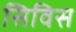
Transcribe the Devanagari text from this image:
सिविस